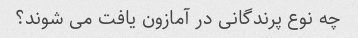
چه نوع پرندگانی در آمازون یافت می شوند؟